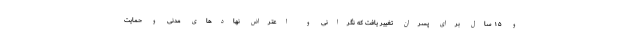
و ۱۵ سال برای پسران تغییر یافت که نگرانی و اعتراض نهادهای مدنی و حمایت